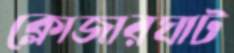
ক্লোজারঘাট